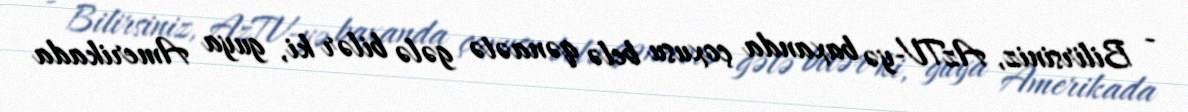
- Bilirsiniz, AzTV-yə baxanda çoxusu belə qənaətə gələ bilər ki, guya Amerikada